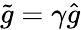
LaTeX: \tilde{g}=\gamma\hat{g}